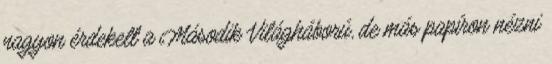
nagyon érdekelt a Második Világháború, de más papíron nézni